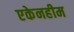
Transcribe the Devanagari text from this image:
एकेनहीम